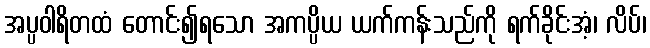
အပ္ပဝါရိတထံ တောင်း၍ရသော အကပ္ပိယ ယက်ကန်းသည်ကို ရက်ခိုင်းအံ့၊ လိပ်၊